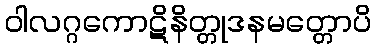
ဝါလဂ္ဂကောဋိနိတ္တုဒနမတ္တောပိ